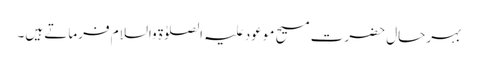
بہرحال حضرت مسیح موعود علیہ الصلوٰۃ والسلام فرماتے ہیں۔